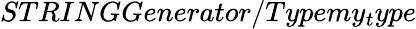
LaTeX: STRINGGenerator/Typemy_{t}ype